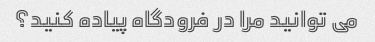
می توانید مرا در فرودگاه پیاده کنید؟